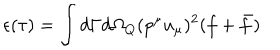
\epsilon ( \tau ) = \int d \Gamma d { \Omega } _ { Q } ( p ^ { \mu } u _ { \mu } ) ^ { 2 } ( f + \bar { f } )